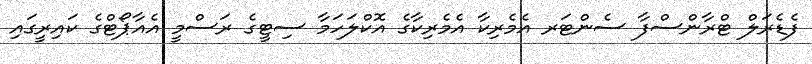
ފެޑެރަލް ޓްރާންސްފާ ސެންޓަރ އެމެރިކާ އެމެރިކާގެ އޮކްލަހަމާ ސިޓީގެ ރަސްމީ އެއާޕޯޓްގެ ކައިރީގައި